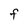
Character: F